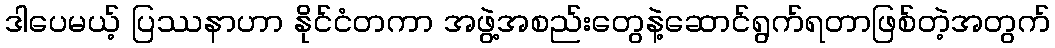
ဒါပေမယ့် ပြဿနာဟာ နိုင်ငံတကာ အဖွဲ့အစည်းတွေနဲ့ဆောင်ရွက်ရတာဖြစ်တဲ့အတွက်